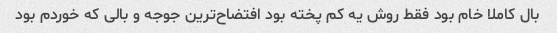
بال کاملا خام بود فقط روش یه کم پخته بود افتضاح‌ترین جوجه و بالی که خوردم بود